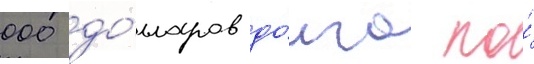
000 до́лларов до́лга по́